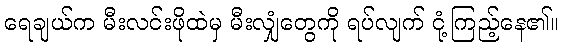
ရေချယ်က မီးလင်းဖိုထဲမှ မီးလျှံတွေကို ရပ်လျက် ငုံ့ကြည့်နေ၏။